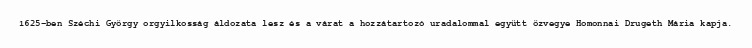
1625-ben Széchi György orgyilkosság áldozata lesz és a várat a hozzátartozó uradalommal együtt özvegye Homonnai Drugeth Mária kapja.